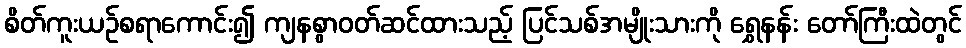
စိတ်ကူးယဉ်စရာကောင်း၍ ကျနစွာဝတ်ဆင်ထားသည့် ပြင်သစ်အမျိုးသားကို ရွှေနန်း တော်ကြီးထဲတွင်